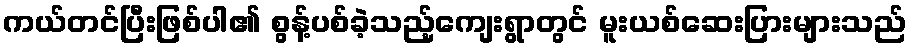
ကယ်တင်ပြီးဖြစ်ပါ၏ စွန့်ပစ်ခဲ့သည့်ကျေးရွာတွင် မူးယစ်ဆေးပြားများသည်